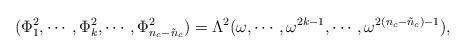
LaTeX: \begin{align*}(\Phi_{1}^2, \cdots, \Phi_{k}^2, \cdots,\Phi_{n_{c}-\tilde{n}_{c}}^2) = \Lambda^2 (\omega, \cdots, \omega^{2k-1}, \cdots, \omega^{2(n_{c}-\tilde{n}_{c})-1}),\end{align*}